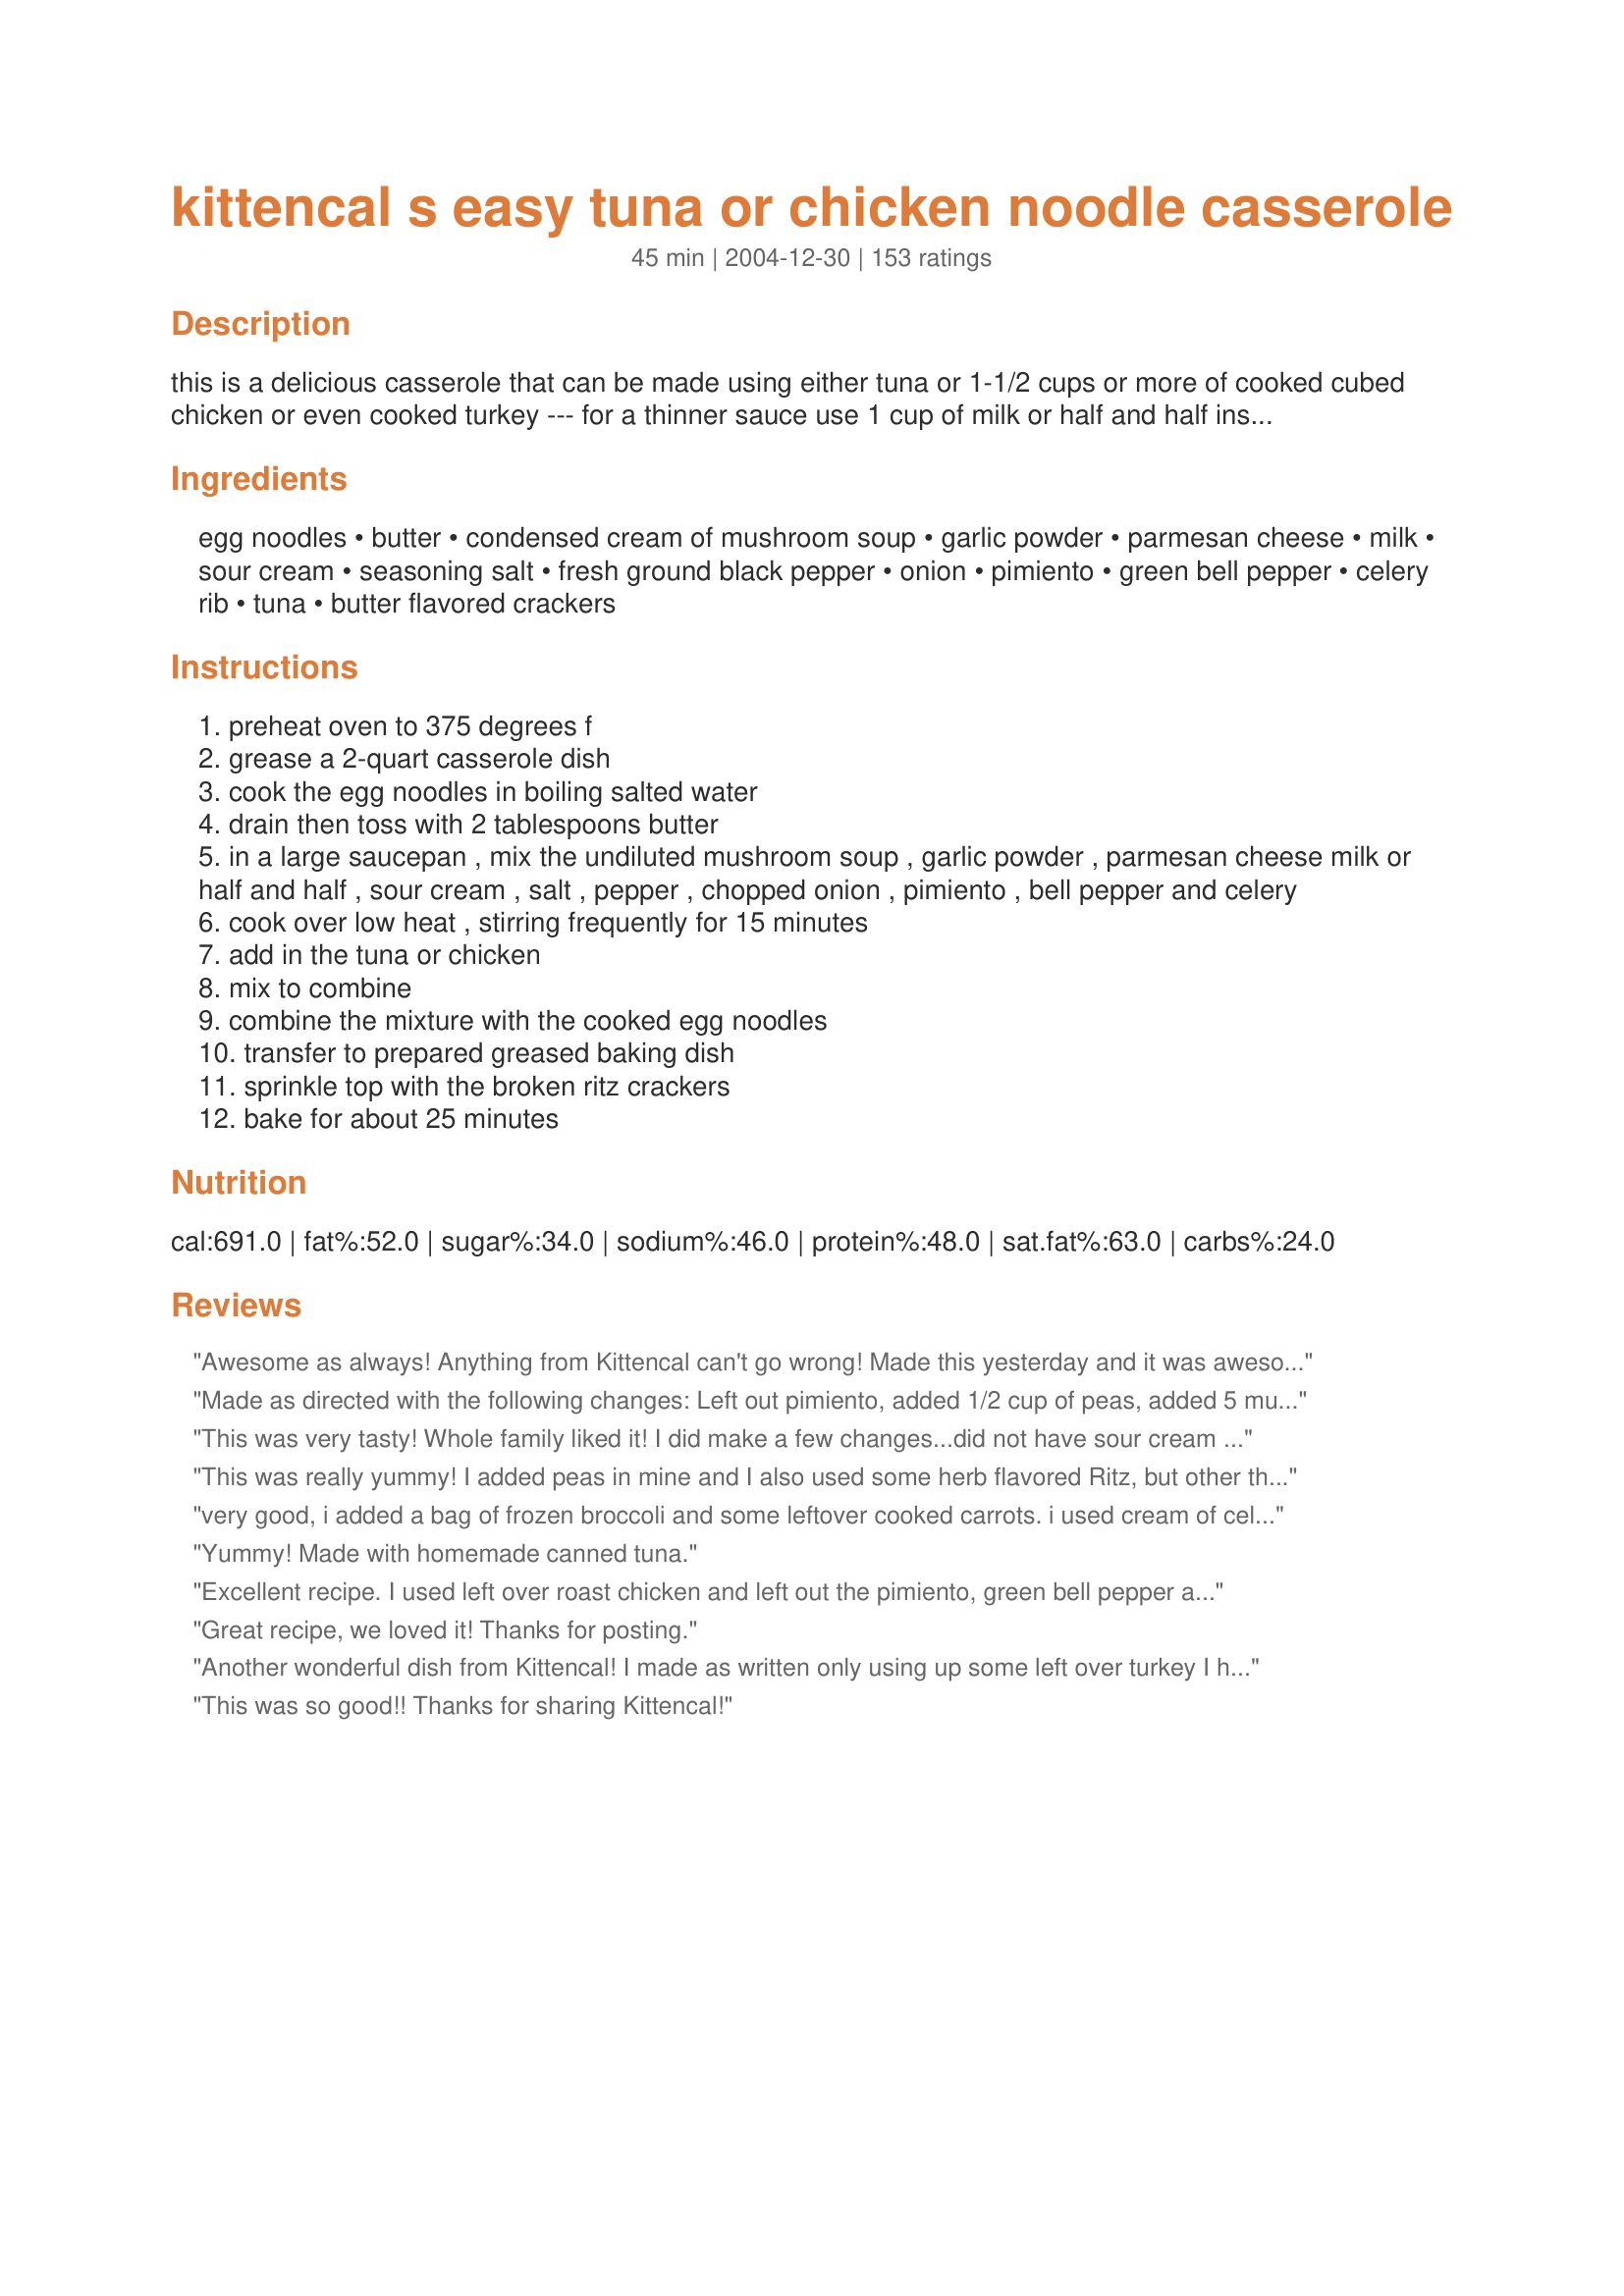
kittencal s easy tuna or chicken noodle casserole
Preparation time: 45 minutes

this is a delicious casserole that can be made using either tuna or 1-1/2 cups or more of cooked cubed chicken or even cooked turkey
--- for a thinner sauce use 1 cup of milk or half and half instead of 3/4 cup, prep time includes boiling the egg noodles, if you are not a garlic-lover then you may omit the garlic powder and to zing the flavor up even more add in 1-1/2 tablespoons of lemon juice

Ingredients:
egg noodles, butter, condensed cream of mushroom soup, garlic powder, parmesan cheese, milk, sour cream, seasoning salt, fresh ground black pepper, onion, pimiento, green bell pepper, celery rib, tuna, butter flavored crackers

Steps:
preheat oven to 375 degrees f
grease a 2-quart casserole dish
cook the egg noodles in boiling salted water
drain then toss with 2 tablespoons butter
in a large saucepan , mix the undiluted mushroom soup , garlic powder , parmesan cheese milk or half and half , sour cream , salt , pepper , chopped onion , pimiento , bell pepper and celery
cook over low heat , stirring frequently for 15 minutes
add in the tuna or chicken
mix to combine
combine the mixture with the cooked egg noodles
transfer to prepared greased baking dish
sprinkle top with the broken ritz crackers
bake for about 25 minutes

Reviews:
Awesome as always! Anything from Kittencal can't go wrong! Made this yesterday and it was awesome! Wonderful left over today. I don't understand why people make changes in the recipe and then give it a low rating. You didn't follow the recipe so how can you say it's not good? Anyway - did double the recipe as I had a large can of chicken and added a drained can of peas. Served with hot rolls and hubby ate it up! This will be a regular for sure! Thanks Carol!
Made as directed with the following changes: Left out pimiento, added 1/2 cup of peas, added 5 mushrooms (4 oz) sliced and sauteed in butter, and I substituted buttered bread crumbs and Parmesan cheese in place of the crackers for the topping. This is so much better than my bland old tuna casserole recipe. This will be my go to recipe from now on. I think next time I may try this without the green pepper - I'm not used to that ingredient in my tuna casserole. This was really wonderful today as hubby was sick as well. Always a great comfort food. Thanks for posting!
This was very tasty! Whole family liked it! I did make a few changes...did not have sour cream so I used greek yogurt instead. Used panko to top instead of ritz crackers. Did not butter the noodles and used whole wheat noodles instead of egg. Added extra garlic because we like it, and did not use all purpose seasoning. Whole family ate it up! Thanks for this recipe - we will make this again!
This was really yummy! I added peas in mine and I also used some herb flavored Ritz, but other than that I made no changes at all!
very good, i added a bag of frozen broccoli and some leftover cooked carrots. i used cream of celery soup( what i had on hand). comfort food at its best
Yummy! Made with homemade canned tuna.
Excellent recipe. I used left over roast chicken and left out the pimiento, green bell pepper and celery (not favorites) and added frozen peas instead. Really good, I&#039;ll try it with tuna next time. Thanks for another yummy recipe.
Great recipe, we loved it! Thanks for posting.
Another wonderful dish from Kittencal! I made as written only using up some left over turkey I had and I did add some red onion (that is what I had) and topped everything with the crumb mixture the when it came out of the oven with a few slivered green onions....heaven! Thank you for a great recipe.
This was so good!! Thanks for sharing Kittencal!
A great way to use up our leftover turkey. I made as stated in recipe. Next time I think I will add the peas as others have stated. Very good quick meal. Thanks Kittencal!
I thought this was very good and my kids liked it too. I didn&#039;t use the peppers or pimientos. I used leftover chicken. I baked it 20 minutes and I thought it was fine.
I've been making this since it was posted on this website. Its the only way I will make tuna (or chicken) noodle casserole. I don't care for peas so this is the perfect recipe plus the egg noodles make it so much lighter than regular pasta noodles as many recipes call for. One thing I do a bit different is to saute the peppers, onions and celery in butter so they get nice and soft. Another great recipe by Kittencal. Thank you!
I made this without the pimento/bell pepper/celery when I needed something to throw together very quickly. I wasn't really expecting much given the canned soup, but my husband (who claims to not like sour cream or parmesan) and the two teenagers (one of whom also claims to not like sour cream) all raved about it. They devoured what I thought was going to be enough for dinner and leftovers in one sitting.
I decided to try a different tuna casserole than what I make, and this was it. We all loved it! Only change I made was to leave out the pimentos, and since I didn't feel like buying Ritz crackers just for this, I topped mine with more grated Parmesan. Very tasty!
Thanks.
I essentially doubled this, using a mix of macaroni and egg-noodles as that is what I had. I used 1 can cr mushroom and 1 can cr celery, and 3 cand tuna. Used dried garlic, no celery, 1 c 1/2&1/2 and 1/2 c milk, forgot seasoning salt, 1 sm bottle pimiento, dried green pepper, 1 lg onion, and hen just baked it in my saucepan. SO GOOD!!!
My kids loved it! I used canned chunk chicken instead of tuna and I did use the frozen peas.
I expected to be under-whelmed by this recipe because I have a YUMMY family recipe that I've been making for years (I'll post it soon) but I'm watching calories right now and MY recipe is positively SINFUL. I have to say...this was really good! I used all low fat and low calorie ingredients and got the calories per serving down to 273 and that included the crackers! I'll make this one again.
Sooooo GOOD!! I used some left over chicken that I had in the refrig...Made exactly as posted, except I did saute my veggies first before adding other ingredients.....my family LOVED this casserole...I will be making this again and again.....Thanks, Kittencal for another delicious recipe!
This was so much better than the "normal" soup can recipe. I usually shy away from them. But, I did saute my mushrooms, onions, and red bell peppers prior to adding the remaining ingredients. I used left over grilled chicken breasts and added a few seasonings to our taste and we loved it. The crackers definitely add to the flavor so next time I think I'll bake it in a 9x13 pan and use more crackers so everyone gets a taste not just those who scoopy from the top. My husband loved it and he's generally not someone who enjoys a casserole!
Very tasty! It almost reminds me of a Tuna ala King! Thanks for sharing.
Hub's fave is tuna casserole and he really liked this one! It was pretty easy to throw together and I had everything on hand. *nice* Thanks for sharing. I'm sure we'll be using this whenever hubs has a burning desire for tuna casserole! ;)
This was a quick, easy & delicious way to "dispose" of leftover chicken! It can also be prepared in the morning & popped into the oven at dinner time.
I sauteed the onions, celery & green pepper (along with some fresh sliced mushrooms) for about 10 minutes before stirring in the liquids. I skipped the butter after draining some whole wheat penne ...... just combined the pasta & the veggies in a casserole dish, also skipping the crackers. 
Thanx Carol!
Half of the people who tried it said it was the best tuna casserole they'd ever had, 2 people said it was too bland, and one hated it. :/ I thought it was amazing, though!
well, it only gets a 3 but that's an average. I loved it. It was really creamy and the peppers give it a nice crunch. My husband hated the peppers though.
Another winner Kittencal. I've made this a few times and it is a big hit. I always add sliced green olives with pimento in my tuna casserole but otherwise only modify based on what I have on hand and it still works out great. Thank you so much for sharing this dish delish!
This is the classic tuna noodle casserole that I grew up eating. I loved all of the add ins, like the pimientos, because they added a lot of great flavors. The only thing I did differently was to substitute bread crumbs for the crushed Ritz crackers. Thanks for the lovely recipe!
This was absolutely delicious! I hadn't made Tuna noodle casserole in years because I never had a decent recipe. That is in the past. We love this recipe and all the flavors blend to make a mouth-watering meal. Thank you Kittencal!
I saw this recipe when I was deciding what to do with some rotisserie chicken that was left from a previous meal. I scaled the recipe down for 4 servings, since it was just DH and myself and used 1/3 cup shredded 2% sharp cheddar cheese instead of the sour cream because that was what I had in the fridge and it was delicious! DH had two helpings for dinner and polished off the rest for lunch the next day- he was a very happy camper! Thanks for posting this, Kitten- it's a keeper!
Just made this...turned out really good.. thanks
I loved this casserole. My family gobbled this up in a hurry. thank you for sharing your recipe with us,
It was good! I didn&#039;t add the pimentos as I didn&#039;t have any on hand. I added two cans of tuna, alot of green onion and the suggested green pepper. I only baked it for 15 minutes in the oven as I didn&#039;t want to wait the full 25 - I also didn&#039;t have any ritz crackers on hand so I crushed up some jalapeno kettle chips and put those on top, they added a nice bite to the dish. Thanks Kit!
This is a delicious, but so quick to make, tuna casserole. I sauteed the celery, onions and used fresh garlic. Also, I grew up on the tuna casserole with peas so I added those. I loved the flavor of the sauce with the soup, sour cream and milk. This is one tasty casserole! I loved it. Thanks for yet another great recipe.
I was looking for a recipe for comfort food using chicken breasts. When I saw this recipe I thought it looked good, but when I saw who it was submitted by I knew it had to be good! And once again, Kittencal, you have not let me down - it was delicious!
I didn't add in the pimientos, celery, or Ritz crackers(didn't have them on hand), but this still came out yummy. I also added in some frozen peas and carrots. Made with 2 cans of tuna. Thanks for the recipe!
Kittencal,
Why do I bother looking elsewhere? I spent the day searching (in vain)for a chicken and noodle casserole recipe. Silly me;-) I should have checked with you. As always another 5 star recipe from the inimitable Kittencal!
Hats off and thanks again,
Just 1 of your many,many fans
An easy and versatile step-up from traditional tuna noodle casserole. Like other reviewers, I left out green peppers and celery and added mixed vegetables instead. Thanks, Kittencal, for making dinner tasty and a snap.
This was okay. I used 1 cup soy milk, jalepenos, and roasted red peppers. I also used jalepeno chips crushed on top. The casserole was so moist until i baked it. Then it became so dry.
Another winner by Kitten. Thanks for sharing.
Easy and delicious. Used 1 can of tuna and a leftover grilled chicken breast. Also substituted some veggies and used regular macaroni noodles instead of egg noodles. In other words, you can't go wrong with this one. I usually won't eat tuna, but I'll be putting this dish in my repeat performers rotation! Very yummy!
this was delicious! we had two servings each at dinner. i added quite a bit of chopped fresh mushrooms, used whole milk and substituted italian bread crumbs for the crackers on top. i will not do that next time as i think the bread crumbs didn't quite work (may have been better if i had buttered them so they would have crisped up, i think i put too many bread crumbs on as well). anyway, next time i will do the crackers as called for, and i think i will brown the onions and mushrooms in butter and add peas (in exchange for green pepper probably) as some other reviewrs have suggested. thanks for the great recipe, it is so versatile too. i look forward to trying with rotisserie chicken which i imagine will be very rich and delicious!!
Thank you so much for the wonderful recipe! I omitted the green bell pepper and added frozen peas instead. Delicious!
Very good and simple to make. I hate celery so I excluded that and used a red bell pepper instead of green. We love garlic so I used the lower measurement of the powdered garlic and added a minced clove. I also wound up using about 10oz of tuna, which made it more hearty for my high metabolism hubby. Instead of crackers I topped it with crushed cheddar sticks, which added a nice little tangy finish. Will make again and tweak with other options like mushrooms or peas.
I don't really care much for Tuna Casserole. Have made it a few times, however my family enjoys it. So I found this recipe. OMG, soo! tasty. I didn't have any parmesan cheese so I used two sliced of swiss processed cheese. Used a bit a celery, the onion, red pepper, which I sauteed, then I used these yummy Carr's Cheese Melts for the topping, since they were the only kind of crackers I had in the house. Very, very good, Will definitely be making this on a regular basis. Thank you Kittencal!
Quick, easy, tasty -- hard to beat that combination! I, too, will add some peas next time and maybe some fresh mushrooms. I made the recipe to use up leftover turkey and will do so again. We all enjoyed it and thank you for sharing your recipe.
We knew this would be a great dish and really looked forward to having it with leftover turkey from Thanksgiving. What a delicious casserole. We will have it again soon. It was a sure fire winner all the way!
My husband retains his childhood fondness for good ol&#039; tuna casserole, and this is a nice twist on that &quot;school cafeteria classic&quot;! I chopped up some leftover grilled yellow bell peppers and subbed these for the pimiento/green pepper combo, and used the golden mushroom/roasted garlic canned soup. And the resident overgrown &quot;little boy&quot; insists on a can of sweet green peas added to the mix...good old-fashioned recipe, KC!
Kittencal, whenever I see your name as the chef...I just know the recipe is going to be great! I used this with our leftover turkey (white meat) from this past Thanksgiving, and it was excellent. Besides the turkey substitution, I followed the recipe exactly as given. Thank you for sharing all your wonderful recipes.
I have never been a huge tuna casserole fan but this one is just delicious!! My husband and son went back for seconds....I did use wheat noodles and milk, and it was still excellent!! Thanks for the recipe!
As if this needed another review..but this was so good. I was craving the classic from childhood and found it. I did leave out all the veggies, did not have parmesan, and forgot to butter the noodles and used two cans of tuna and it came out exactly how I remembered my mom making! I too wanted to add peas but didn't have any buy will next time. Thanks again for another winner Kittencal!
I used this recipe because I had cooked a turkey for two and knew I was going to have leftovers. I followed the recipe to the tee except for the pimiento, it was very bland. I had a lot left over and ended up throwing it away as husband, who eats anything, said he would not eat the leftovers. Sorry Kittencal.
Really good!! I used fat free half & half and greek yogurt. I also cooked the onion, red bell pepper and celery in the micro til tender. I used rotisserie chicken. Will for sure make this again.
I'm not a tuna casserole fan, but my boyfriend sure is! I've never made a tuna casserole before and BF has said that he doesn't like most peoples tuna casserole, but he loves it if it's done right.
He loved this one! He ate the whole panfull over the course of three days. I did add some frozen peas to this. And I didn't have celery, so I used a can of cream of celery soup and added a small can of chopped mushrooms. I didn't have crackers, so I topped with crushed potato chips. I liked the look of this recipe because it didn't use mayonaise. Very Good! Thanks Kitten!
Great staple casserole. I did not have celery so I left it out and I followed another reviewer's idea and added a layer of cheddar cheese before the crackers. I also used a rotisierie chicken instead of tuna. And I increased to 1 cup of milk and 1 cup of sour cream to make it creamier. I used all low sodium/low fat products and it still tasted great! Thanks for another great recipe!
Absolutely wonderful! My husband does not eat anything green so I had to omit the peppers and celery, but I added mushrooms. And I didn't have ritz crackers, so I used club and it was still great! Thanks...I will be making again!
This is delicious. I used frozen peas instead of a green pepper, and I used milk and light sour cream. The first time I made it, I forgot to mix the butter with the noodles, so I melted it and mixed it with townhouse crackers and parmesan cheese for the topping, and it was really good. I would recommend cooking the onions till they're tender first and then mixing everything else in with them when you're making the sauce. I'm making it again right now and I added some chopped tomatoes just because I needed to use them up...I'm sure it will still be amazing! Thanks for the recipe!!
What can I say, I'm a huge sucker for tuna noodle casserole!
My mom used to make the best tuna casserole when I was a kid, and now that I have made this I think hers comes in a close second lol. This was great and I will definatley keep this recipe saved so I can make it again. The only thing I did different was instead of the Ritz crackers for the topping I used just regular bread crumbs.
Yum! I made this with leftover turkey breast. I left out the pimientos (don't like 'em), and used 8 oz. fat free sour cream and skim milk rather than 1/2 and 1/2. I cooked it covered to keep it from getting dry.
Great basic recipe. I used 1 container of Trader Joe&#039;s condensed portabello mushroom soup, 1 cup of 1% milk and 1 teaspoon of garlic powder. Befor baking, I topped it with whole wheat panko mixed with the parm. Delicious!
I didn't have any sour cream or pimento, but was still really good. Thanks for sharing such a great recipe.
Very tasty! Followed recipe with just one addition: I added a cup of frozen peas to the noodles as they boiled. Everyone loved the result--no left-overs! Thanks for a very good recipe!
I had been longing for comfort food and a tuna casserole. This was an outstanding dish! I used Albacore tuna and some chopped red peppers in place of the pimiento, and I added a bit more parmesan cheese after the casserole came out of the oven. Served it with a salad and some garlic bread and there was none left!

Thanks for a keeper that has become a favorite!
Had this with tuna, I think chicken would have been better. Also I didn't like the celery in it, peas would be good like someone else suggested. Good dinner will be using recipe again with a few substitutes. Thanks!
Another great recipe Kitten! Let me just say that I'm going to have to remake this soon - I pretty much screwed this up with too much chicken, too much noodles and not enough sauce. That little set back didn't stop my family from wiping out this casserole. Instead of canned chicken or tuna, I used shredded chicken that I boiled up over the weekend. I'll definately be making this again but probably add cheese since my family likes cheese on EVERYTHING!
I made this using leftover chicken &amp; it was very good. Didn&#039;t have pimento (wish I did) &amp; added about 1 1/2 c frozen peas (we love them) &amp; used 2% milk. Good &#039;ol comfort food. Even DH, who dislikes casseroles, had 2 servings.
I loved this recipe! I had been craving tuna noodle casserole the way my mom used to make it so I made a few changes. First I omitted the onions, pimiento, green peppers, and celery. Second I doubled the recipe and used frozen peas. The store was out of the regular cans of cream of mushroom soup so I got a big can and used all of it even though it was 6oz too much. I also used a little bit more tuna. It turned out super moist and my husband who was not originally thrilled about having this for dinner went back for 3 helpings. Next time I want to try it topped with potato chips.
We loved this tuna caserole which was a great way to use up things I had on hand. I used lower fat/light ingredients (soup, sour cream, milk and crackers), the green onion option and the optional Parmesan, skipping the green pepper (didn't have any and added some frozen peas instead. My DH had 3 helpings!!! Wonderful casserole which we will be having again soon. Thanks for sharing!
This recipe was awesome. I used onion and peas for vegetables and cooked according to recipe. I put in an 8x8 pan and baked and didn&#039;t seem to dry out at all.....Seemed like plenty of sauce. I could tell even as the sauce was cooking in the pan that this was gonna be great...It had a great rich smell and texture ( I did use half and half as I had it on hand!) Thanks for the easy and delicious meal kittencal!
Hello Kitten, this is comfort food at its best! Lovely recipe! Used albacore tuna, milk instead of half-&-half, green onions, an orange bell pepper instead of green,(personal preference), extra mushrooms, petite pois, and a little more Parmesan cheese! You know, I don't know how to follow a recipe to a T, I have to change certain things to make them my own -- not forgetting, that w/out yours, there would be nothing. Thanks for posting, Diane :)
Another winner from Kittencal! I haven&#039;t cooked tuna casserole in a while and didn&#039;t want the same old thing. This turned out sooooo good. Thank you! &lt;br/&gt;Hey Kittencal, do you have a recipe book out yet? I&#039;ve loved all of your recipes I&#039;ve cooked. I seriously want your cookbook! :-)
My whole family loved this!!! I will have to make this again. I saute'ed by onions, green peppers and celery and then remove from the heat to add all the rest of the ingredients. I also covered it while I baked it and then took the foil off 10 minutes before removing it from the oven. I think that helped it to be less dry. My husband does not like tuna casserole, but he did like this chicken casserole and I think that's because it's nothing like the "normal" tuna casserole. Thanks for sharing!
My dear wife made this meal last night. Very tasty. And a keeper. &lt;br/&gt;&lt;br/&gt;One observation we both had was that the casserole could have used double (at least) the tuna called for in the recipe. But that&#039;s a personal preference only.
Perfect! My daughter and I made this for dinner tonight and we all loved it. Very easy to make with things I had in the house. We put french fried onions on top during the last 5 minutes of cooking instead of the crackers. Will definitely make again. Thanks for posting!
This is the best recipe I've ever made for Tuna Noodle Casserole! I made it as written with the exception of the Ritz crackers. Since I didn't have them on hand, I used White Cheddar Cheez-Its--they were fine. Oh yes, instead of using egg noodles, I used medium shell pasta--thought it worked well with tuna. Thanks for posting Kitten; this will always be the recipe for my tuna noodle casserole. Next time I'll try it with chicken or turkey.
This was awesome! I used leftover diced chicken. The only veggie that I had was the onion, so to replace the rest of the veggies, I used a can of artichoke hearts(chopped.) No egg noodles, so used penne. Had no ritz crackers, so use crushed corn flakes. We had it last night & I can't wait to eat the leftovers tonight. I've seen Kittencal's recipes all over this website & finally tried one her's. Not the last one of her's that I will try! Thanks!
I have made this using canned salmon and also with tuna. What a wonderful change from the same old same old, and very tasty with the ingredients listed... Not plain at all! I think I like the salmon even more than the tuna. Dice your celery into tiny dice, and they will cook while the casserole is in the oven and not be too crunchy. Try it and see for yourself how wonderful they both are!
This was excellent! Hubby loved it and asked me to put it in our dinner rotation. We will definitely be having this again.
Another great recipe! This is a great casserole. I did use two cans of tuna but no green pepper. Very easy and very good. I will use chicken next time and possibly the cheese as someone suggested.
This is easy to make and delicious. I didn't have any cheese and it was still great. It can be made ahead of time and reheated.
Great Kitten! Used 95% ff cream of chicken soup, skim milk, low fat sour cream, nad no gr peppers or celery and used chicken, still turned out great!!
Kittencal .. you are awesome! This recipe is one of my husband&#039;s favorites (and me too).
Scrumpscious! I added two cans of tuna- love the stuff. Next time will top with crushed potato chips instead.
This was a very good and creamy Tuna Casserole. The parmesan cheese just made.it. Will make again soon. Thanks for posting.
YUMMY! This is just how I like my tuna casserole! I haven't had it this good for a long time. I used light cream of mushroom soup, doubled the tuna and added frozen peas and tabasco sauce. I omitted the ritz crackers. Made for the Zaar Stars tag game.
Loved the celery, but not how it was crunchy, so i'll saute it next time. I also added frozen peas and it was delicious!
This is the only recipe I have used for tuna casserole after discovering it a few months ago. I follow the recipe exactly but always use fresh garlic and peas and omit the pimiento. It's much creamier and flavorful than most tuna casseroles. Thanks for posting!
I made this last night for my husband who said he's never had a tuna casserole and he loved it. I used to make tuna casserole all the time when on my own cause it was easy and the leftovers are good. This is the best recipe for tuna casserole I've ever had. I think it might also be a good dish for left over turkey after Thanksgiving. I'll be giving it a try then!
Very good. My family enjoyed.So easy to make, especially after a day of work. Want a little extra add some shredded cheese before the crackers. Great substitute for tuna helper.
thumbs down, non - traditional dish. Made for grandmother, she didn't care for it.
This wonderful! I omitted the peppers and onions and added only canned peas. So creamy and tasty. This is a definite keeper!
I had a couple of cans of Chicken breast in the cabinet and was trying to find a casserole recipe for them and tried yours. I doubled the recipe and my family absolutely loves it! It was extremely easy to make and delicious. I will definately try it next time with tuna ! Thanks so much for a delicious recipe!
Super recipe!!! I added extra mushrooms but did not have the pimiento or celery. It tasted great and the kids loved it. I also used bread crumbs mixed with melted butter and sprinkled on top. A super easy and fast recipe that will be in my meal rotation from now on!!!
Thanks Kittencal!!
Loved it! Followed the recipe very closely but made a couple changes...instead of green pepper, I used frozen peas. I put the frozen peas in the colander and then drained the noodles over them. I used two 5 oz cans of white tuna (they've downsized; cans aren't 6.4 oz anymore!). I used 1% milk. I will *definitely* be making this recipe again.
this is the best tuna noodle recipe i have ever made! it is very easy and versatile. i didn't have a bell pepper so just added some chopped fresh spinach from the fridge and left out the pimiento. i topped with bread crumbs mixed with a little butter and parmesan cheese. it was a hit!
This was very easy and very tasty. I doubled the noodles and used 1 1/2 pounds of cooked chicken. Next time I will be sure to make a little more sauce as it dries out a bit in the oven (when using so many noodles and so much chicken). Very, very yummy. My husband asked if we could have it again this week. Never had a request for the same meal twice in one week before! Thanks for the recipe!
My family dislikes casseroles, but liked this recipe. Everyone even had seconds. We used Greek yogurt instead of the sour cream, and substituted mozzarella cheese for the celery and pimento. It was a great way to get rid some shredded chicken before we had our house fumigated.
This is similar to the way I've always made my tuna casserole, except in mine the only veggie I put in it was green pepper. This time I put all the veggies called for, but used some red pepper along with the green instead of the pimento.No sour cream because I didn't want it to taste like a stroganoff (sp). Otherwise, followed the recipe as written and it was good, but I like mine just as well, and there's less chopping..
Yum! This is my new tuna noodle casserole - I'll never go back to my boring one. I used rigatoni noodles, since I didn't have egg noodles. I would definitely recommend adding the parmesan cheese (even adding some to the top of the crumbled Ritz crackers). Smelled wonderful while baking. I'll say it again: yum!
Hey Carol, this is definitely a 5 STAR recipe! My husband and I so enjoyed it. I didn&#039;t think this was dry as others have stated, it was very creamy. I did add 1 (12 oz.) can of tuna, plus I added 1 tsp. garlic powder, 3 Tbsp. of parmesan cheese, 3/4 cup of sour cream, 1/2 tsp. each seasoned salt &amp; pepper, and a (2 oz.) jar of pimiento(s). I didn&#039;t have any celery or green peppers, so I added about (8 oz.) of slightly cooked peas &amp; carrots, as they were from a frozen bag. I did not add the 2 Tbsp. of butter to the noodles, cause I already added 1 Tbsp. of butter to the boiling water when I cooked the noodles. I topped the casserole with 15 (generic) ritz crackers, and topped the crushed crackers with 2 Tbsp. of melted butter. I think this dish would taste great using other canned soups, such as: cream of chicken with herbs, or cream of chicken &amp; mushroom soup. I plan on substituting other vegetables for the celery &amp; green peppers, such as: either corn or canned mushrooms. Thank you Carol for sharing this recipe. This recipe is definitely a keeper!!
Wonderful...I tweaked it a bit to our tastes, but not much. I am sure I tripled the parm. Loved it, thanks Kitten!
It turns out a bit dry after baking. I'm not sure how to make it creamier. The flavor is okay. Perhaps the parmesean cheese makes it dry. I'm not sure.
Added some Garlic Garlic, and frozen vegs. GREAT.... Quick and easy
A very good and flexible recipe. I added peas and red peppers and used leftover parmesan chicken. Used cheese on top and left out the green peppers and celery rib.
Just finished for dinner, it was delicious. Kids loved it, my four year old kept saying mommy this is my favorite before was even in the oven. Thanks for sharing!
My whole family just loved this casserole, I topped it with dry bread crumbs, we had nothing left the complete casserole vanished, this is a very good recipe. thanks Kit.
Very good, not like any tuna/chicken casserole I ever had before. Used a 12 oz can chicken, added some mushrooms too. I didn't have any crackers but had plenty of bread crumbs on hand, so I added 3 Tbs. crumbs mixed with 1 Tbs. melted butter just for the last 5 min. Really tasty, will make this economical meal often, thanks Kittencal, another winner, as your recipes always are.
This is something we don`t make much in my house. Everyone thinks &quot;Tuna&quot; not a good meal, a working mans meal, not what you serve guests. Well this is something I would serve anyone. It is by far the best tuna casserole I have ever tasted. My mother would flip over in her grave for. Thank you!!! All my grand kids are going to say &quot; Make that for us when we come over.&quot;
This turned out great. However, I was out of milk, so I used two cans of cream of chicken soup (hubby and son hate mushrooms, hence why I didn't use cream of mushroom) and a tub of sour cream and maybe 1/2 cup of water instead. Also, I added 3 garlic cloves and 3 carrots to the recipe. Then I sauteed the garlic, green pepper, carrots, celery, and onion until they were soft, added the soup, sour cream, chicken, water and some garlic salt and pepper, then cooked for about 10 minutes. I didn't add the noodles until right before I put it in the casserole dish. I sprayed an 8x11 glass pan, and baked at 350 for 15 minutes. I didn't put Ritz crackers on top as I didn't have any. It was delicious!
The only veggies I had on hand were onions and peas, so thats all I used.I thought all the flavors mixed well together. I would make this again. Especially for potlucks. <br/>Another recipe to add to my favorites from kittencal. :) (Everytime I make meatballs I use the one you posted. It's been about 3 years!~)
Wow! This pleased the whole family: 86 year old Grandma, 2 year old daughter, and my hubby. I used chicken and made exactly as directed. The cracker crumbs add such a nice buttery crunch. Question: how can I make this ahead of time and freeze it to have another day?
This was very good. I did not add the Parmesan cheese, pimientos, or green peppers (everything I hate) and it was still very good. I used left over chicken. After simmering the sauce for 15 min. I should have known better than to put it in the oven for another 25 min. By simmering it, it thicken up pretty good and then by baking it, it got extremely dry. Still good mind you but for leftovers I will add more milk. Just adding the hot noodles after simmering would be just right for eating or else not simmering sauce just put in oven for 30 min. I will make again but will adjust the cooking time.
OMG. Comfort food at its best! I added half a package of frozen peas to the noodles as they boiled (good tip from Crispbrook), subbed cream of celery soup as it was all I had on hand...and it was so good I'd stick to it next time, too, and doubled the tuna and there was enough sauce with that change. Also added half a jar of sliced mushrooms. Really good and I like that it's not drowning in cheese. This takes you back to a simpler time. Best tuna casserole I've ever had. Thanks, Kittencal!
This is the best recipe I've had for tuna casserole... My husband wanted to have the leftovers for breakfast the next day. Made it exactly as listed. I didn't think we'd like the green peppers, but everything was perfect! Thanks for a family keeper.
I made this tonight for my family and I ... not a drop was left and it was quiet at the dinner table. To much eating going on to talk. :) 
I followed the recipe .. I did make it with whole wheat pasta and chicken. Next time I will try using tuna. Very good ... and best of all ....EASY!
I made a few changes: low fat cream of broccoli soup, egg white noodles, low fat s. cream and skim milk. I sprinkled the top with light old cheddar and breadcrumbs. I didn't use the pimiento, and added a little more onion. This recipe was amazing!
Two of us and -- we ate the whole thing!!!!! Yummy, as are all your recipes.
The pic shows carrots and peas, but the recipe has peppers and pimentos. I like lots of veggies, so I used all. Agree with others to saute up the veggies first. I love every recipe Kitcal posts!
It was excellent. Topped it with crushed potato chips and cheddar instead of the Ritz crackers and also left out the pimientos.
This was delicious no suprise with it being Kittencal's recipe.... Instead of piemento and bell pepper I just stirred in a cup and a half of frozen peas and carrots b/c it was what I had on hand. I also used whole wheat macaroni also all I had but the sauce and flavor profile was exactly what I was looking for. Thank You
Had a hankering for tuna casserole but wanted to do something different. This recipe fit the bill! Even my neighbor who isn't a fan of tuna -- loved it. I added 1 cup frozen peas, used green onion and left out green pepper (hubby hates gp!) I topped it with Durkee's fried onions. Had to cover for last 5 mins the fried onions were really getting brown. Thanks for this keeper recipe!
Very good! And that says a lot coming from someone who isn't partial to tuna casserole ;) My husband is Swedish and loves fish so I thought I'd give this a try. I even enjoyed it! :) I think using albacore tuna is best (personal preference-dolphin safe and it tastes better, IMHO) and I used red bell pepper rather than green (another personal preference). I used dried, seasoned bread crumbs as the topping as I didn't have Ritz crackers on hand.
I'll be making this again, for certain!
Thanks muchly!
As written.... very poor idea. It will give you a very DRY casserole! There is absolutely NO need to cook anything on stove for 15 minutes &quot;prior to&quot; baking? Why????? Simply saut&eacute; your vegetables in butter (onions, celery, mushrooms, whatever you like), then add the condensed soup and all other ingredients, and put in oven! For an old fashioned type casserole ... omit bell peppers and pimentos, but ADD frozen peas! Top with shredded choice of cheese instead of crumbs! Mmmmmmm! This is simply your basic tuna noodle casserole using cream soup recipe.
I gotta hand it to ya...this was sooo yummy! I HATE canned tuna, but DH just loves it! So I decided if I was gonna try a tuna casserole yours would probably be the one to try! I totally loved it! I used small shell pasta and cream of celery cuz that's what I had. Instead of pimiento I used red bell pepper. I used half & half for a richer flavor and I also used 2 cans of tuna packed in roasted garlic olive oil. I topped the casserole with french fried onions instead of the crackers (that was DH's request). Will make this recipe LOTS!! Next time I think I'll add a cup or 2 of mozzarella into the mix! Thanks for another keeper Kittencal!!!
I thought this was quite good. I added one cup peas to the sauce, doubled the sauce and used bow tie pasta per my husband's request. The ONLY thing I didn't like was that I used packaged tuna in those flat tear-open containers with very little juice, and it didn't taste as good as if I had used canned tuna. I will keep this recipe though. Even the kids liked it (after they picked out some of the peas because they said I added too many). This recipe would be good with turkey I bet!
Excellent. We made a double batch. I left out the Parmesan and used some green olives w/ Pimento instead of just pimento. I also went light on the cracker crumbs. This went over well with the kids.
This was amazing! My family does not like casseroles and this was a hit! Making again for sure.
Another super Kittencal recipe. My family loved it. I added 8oz. of mushrooms and used Mrs. Dash instead of salt. I ended up using a mixture of leftover chicken and turkey for the meat. My family loved it. I will probably experiment the next time and throw in some more veggies--maybe peas or broccoli florets, to give it some more color.
I had a tuna casserole craving and how can you miss with a recipe from Kitten? This was EXCELLENT. Made exactly as directed minus the pimento which I didn't have, next time I will. Used light sour cream also. DH, isn't always a big fan of casseroles and even he said it was the best he'd ever had, high praise indeed! Oh! I also didn't have Ritz crackers, and used crushed ripple potato chips instead, they worked very well. Thanks Kitten, the next time I get the craving I'll know where to go!
This was similar to my mother&#039;s recipe but thought I would give this a try. Hers did not have the sour cream and some of the spices which I did like. Next time I will saute the onions in a little butter to soften them. I felt it was a little dry so will add a little more milk and cover with foil. I also ADDED 2 hard boiled eggs and shredded cheese which makes it complete to me.
This was delicous! Not only did I have seconds, but so did everyone in my family. I used the half-and-half and the casserole was very creamy. We'll be enjoying this again soon. Thanks.
AMAZING! The first time I made this I made it for it's retro quality as we were having a 1950s dinner night. No one expected it to be as good as it was! We ended up gobbling down the whole casserole, despite all 5 of us being light eaters, and having many other side dishes. it was the best dish of the night! I have since made it many times, and it has a permenant space in my recipe box. I have added many other ingredients depending on what i have in my fridge and freezer, including frozen peas, mushrooms, and frozen corn. All worked well. This is a very flexible recipe, and I feel safe in added and omitting things based on the contents of my pantry. Lovely! thank you so so much for posting.
Fantastic recipe. I've already made this twice and my daughter requested it for dinner tonight. I can't say enough about how much we love this recipe. It's great leftover too. Made this exactly as directed with chicken. Thanks Kittencal your recipes can't be beat!
This was the BESSSSTTT tuna casserole ever!!!! I thought there would be plenty left for a second night, but it was all gone in one sitting. The tuna almost tasted like a light chicken (and I even added a second can for more protein). I also substituted non-fat Mozzarella since it was what I had and it tasted great. My favorite was the way all the vegetable flavors blended together with the cream of mushroom soup and sour cream...not only will I make this again, but I plan on passing this recipe on to all of friends who are looking for a meal that the whole family will LOVE!!
I agree with Cheff #396380 - why look elsewhere? The only changes I made were that I used fresh garlic and I sauteed the vegetables before adding the cream of mushroom soup, milk and sour cream. I didn't have pimento but I did have most of a red pepper that I chopped fine. I think I might add some kick next time - crushed red pepper flakes or hot sauce. I didn't add salt because there's enough in the soup. Will definitely make again.
Wonderfull casserole. I made using skim milk and light sour cream I had on hand and the dish was still creamy and rich tasting. A few other changes were to omit the green pepper and pimentos, I sauteed a half onion and stalk celery in about 2 tsp butter then added the soup and sour cream. I also added a cup frozen peas and a small can of mushrooms to the mix and let bubble for a few minutes. I think next time I may add another can of albacore, to suit our tastes. I can't wait to try this with some chicken and broccoli, great adaptable base that would be good with any number of ingredients. Thanks!
This is comfort food at it's best. I accidentally added more sour cream, otherwise, made as directed.
My son has been sick these last few days and decided to make this for him. At first, he did not want to eat it. He first said he did not like peas (which is a lie) and then he said it didn't smell good. I told him that if he did not eat his dinner, we would not make brownies. That did the trick, he came back and said: "Thank you, mama; I like it; and when I like something, I really like it." Coming from a sick 7 year old boy; I knew we had a winner. Thanks for posting!!!
This was outstanding. Like many other reviewers stated I love kittencal's recipes, they are always so delicious. I did have to change a few things because I didn't have some of the ingredients on hand and didn't want to go to the store. I didn't use any garlic powder, bell pepper or pimento. I did add frozen peas and carrots and added some sharp cheddar cheese to the top. The only problem I had was the fact that i didn't use egg noodles either and so when I substituted a different kind I made to much and so it was a little dry. I just added some more milk and it turned out great. I will definitely make again. Thank you for an easy recipe that I can use up left over chicken in.
When I see a recipe by Kittencalskitchen, I know it is def worth a try....never been disappointed! What a great chef! I don't consider myself much of a chef, I follow directions very well, but sometimes things just don't turn out right. This recipe def turned out right! Great flavor! Love the flavor the garlic adds to it!
I'M A BELIEVER! I have never attempted a tuna casserole; because, i hate canned tuna. No more! I loved your casserole! The tuna didn't overpower all the other flavors. I also used potato chips on top & we just loved the entire dish!!!!! Thanks for making me a believer! Added peas to get in extra vegies.
So tasty! I don't use pimiento, as I can't find them here, but I don't think it matters. To me it's great without them.
Take my 3 stars with a grain of salt, because besides the fact that tuna casserole isn't my favorite thing, nothing from Kittencal is ever bad. Anyway, it was nice and creamy, but I just don't think the right tuna recipe for me. I think I need cheddar cheese in my casserole. It was oniony, as someone else mentioned, but I like onion. I also sauteed them first so they weren't crunchy. This will be good for some families, just not quite for mine.
yummmmm.....another winner! This is comfort food at its best, creamy warm and delicious. Changed a few things: I started the sauce by browning the onions in a tbsp or 2 or butter then added the remaining sauce ingredients. Also, I subbed celery for peas as it was what I had on hand. This recipe was so good that I had to double the recipe the second time around so I had enough leftovers (and p.s. there's only two of us!!!!!). Thank you so much for the recipe.
After using this recipe at least 20 times, I thought I'd leave a review. My family has no complaints and the hubby asks for this OFTEN.
YUMMY! Best tuna casserole I've ever had! Next time I'll add more pimiento and green pepper. I also used green onions. I topped with crackers but will try the cheese as others have suggested. Thank you for sharing!!!
Double yum, from DH and I. And that is high praise, coming from spice-loving, rice-eating asian DH. He was so shocked at how good it was. Anyway, few changes I made. I used leftover penne noodles that had been tossed in a homemade cheese sauce. For the veggies I used red and orange pepper, mushrooms and green onions and I topped with some leftover shredded chedder instead of the crackers. It was fantastic, reheats wonderfully and was perfect for the cold, wet, miserable week we're having. Thanks for helping me turn my leftovers into something amazing!
This recipe was just as I had hoped it would be! I wanted to make my mom's recipe, but when I couldn't find it in my recipe book, I turned to Kittencal. The only thing I would do next time is cut down on the onion. I LOVE onion, but for this recipe it's a little much- that's why I gave it four stars. Other reviews said that it was too dry after baking so I added a little extra milk (about 1/4 cup) to be on the safe side and it was perfectly moist! Thank you!
This was delicious! I made exactly as directed except I added two 5oz cans of tuna. Turned out really creamy, and the Ritz crackers gave it a nice added flavor on top. Thanks for posting!
You've done it again, Kittencal!! My daughter is on a weight loss plan so I made this with fat free soup, sour cream and skim milk. Still delicious! In fact, the best I've tasted. Thanks again!
I made this last night and it was terrible. It is NOT a good idea to put onions in tuna casserole. I doubled the recipe to make a 9x13 casserole, so because the original recipe calls for one small onion, I chopped a whole medium onion...BAD IDEA!! The onion flavor was so strong that it made the dish completely inedible and I had to throw the whole thing out. I couldn't even taste the tuna at all! I probably will make this again, but I will definitely be leaving out the onions. One good note, the sauce was really creamy and had a good texture...it probably would have been really good if I could have tasted it!
I added some mushrooms and some peas. More garlic never too much garlic. It was yummy and came together in a snap. Thanks.
Super yummy
YUMMY! Definitely one of the better tuna casseroles I have had. Used fresh finely minced garlic (farmers market=way too much garlic, never thought that was even possible!) Didn't use pimiento, celery, or green bell pepper... added a whole bag of frozen peas instead. Also didn't top with crackers, but with extra parm.
This recipe has been included in book#246531. I was looking for a new recipe for one of our budget meals -- tuna casserole. When I saw this one I knew I had to make it; adding the sour cream really made the casserole so creamy, and I'd never added pimientos, bell pepper or celery before. They really took this casserole from one that can often be bland to a great and delicious meal. We also loved the Ritz crackers as a topping! Thanks for sharing this terrific recipe.
